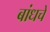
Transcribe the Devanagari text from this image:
बांधचे